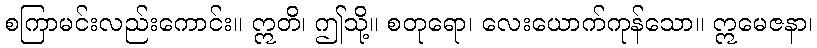
စကြာမင်းလည်းကောင်း။ ဣတိ၊ ဤသို့။ စတုရော၊ လေးယောက်ကုန်သော။ ဣမေဇနာ၊